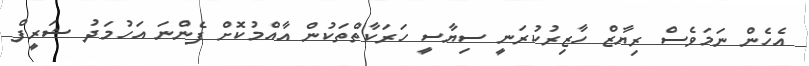
އެހެން ނަމަވެސް ރިޔާޒް ހާޒިރުކުރަނީ ސިޔާސީ ހަރަކާތްތަކުން އާއްމުކޮށް ފެންނަ އަހުމަދު ޝަރީފް